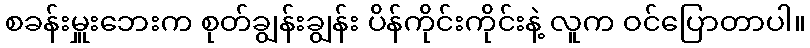
စခန်းမှူးဘေးက စုတ်ချွန်းချွန်း ပိန်ကိုင်းကိုင်းနဲ့ လူက ဝင်ပြောတာပါ။